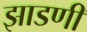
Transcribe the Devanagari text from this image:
झाडणी